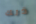
ذلك